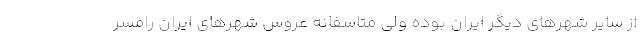
از سایر شهرهای دیگر ایران بوده ولی متاسفانه عروس شهرهای ایران رامسر